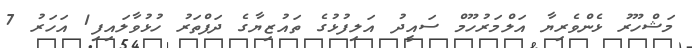
މަޝްހޫރު ޅެންވެރިޔާ އަލްމަރުހޫމް ސައީދު އަލިފުޅުގެ ތައުޒިޔާގެ ދަފްތަރު ހުޅުވާލައިފި1 އަހަރު 7